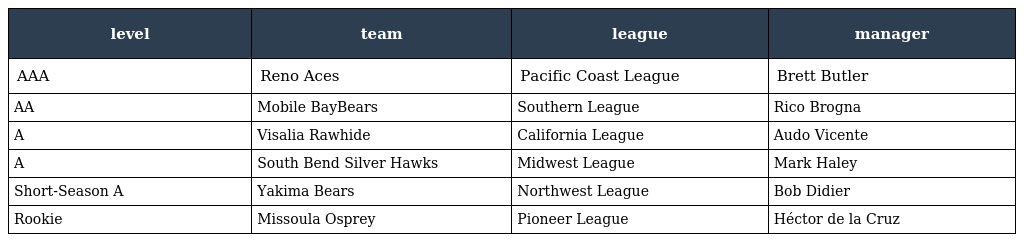
| level | team | league | manager |
 | --- | --- | --- | --- |
 | AAA | Reno Aces | Pacific Coast League | Brett Butler |
 | AA | Mobile BayBears | Southern League | Rico Brogna |
 | A | Visalia Rawhide | California League | Audo Vicente |
 | A | South Bend Silver Hawks | Midwest League | Mark Haley |
 | Short-Season A | Yakima Bears | Northwest League | Bob Didier |
 | Rookie | Missoula Osprey | Pioneer League | Héctor de la Cruz |